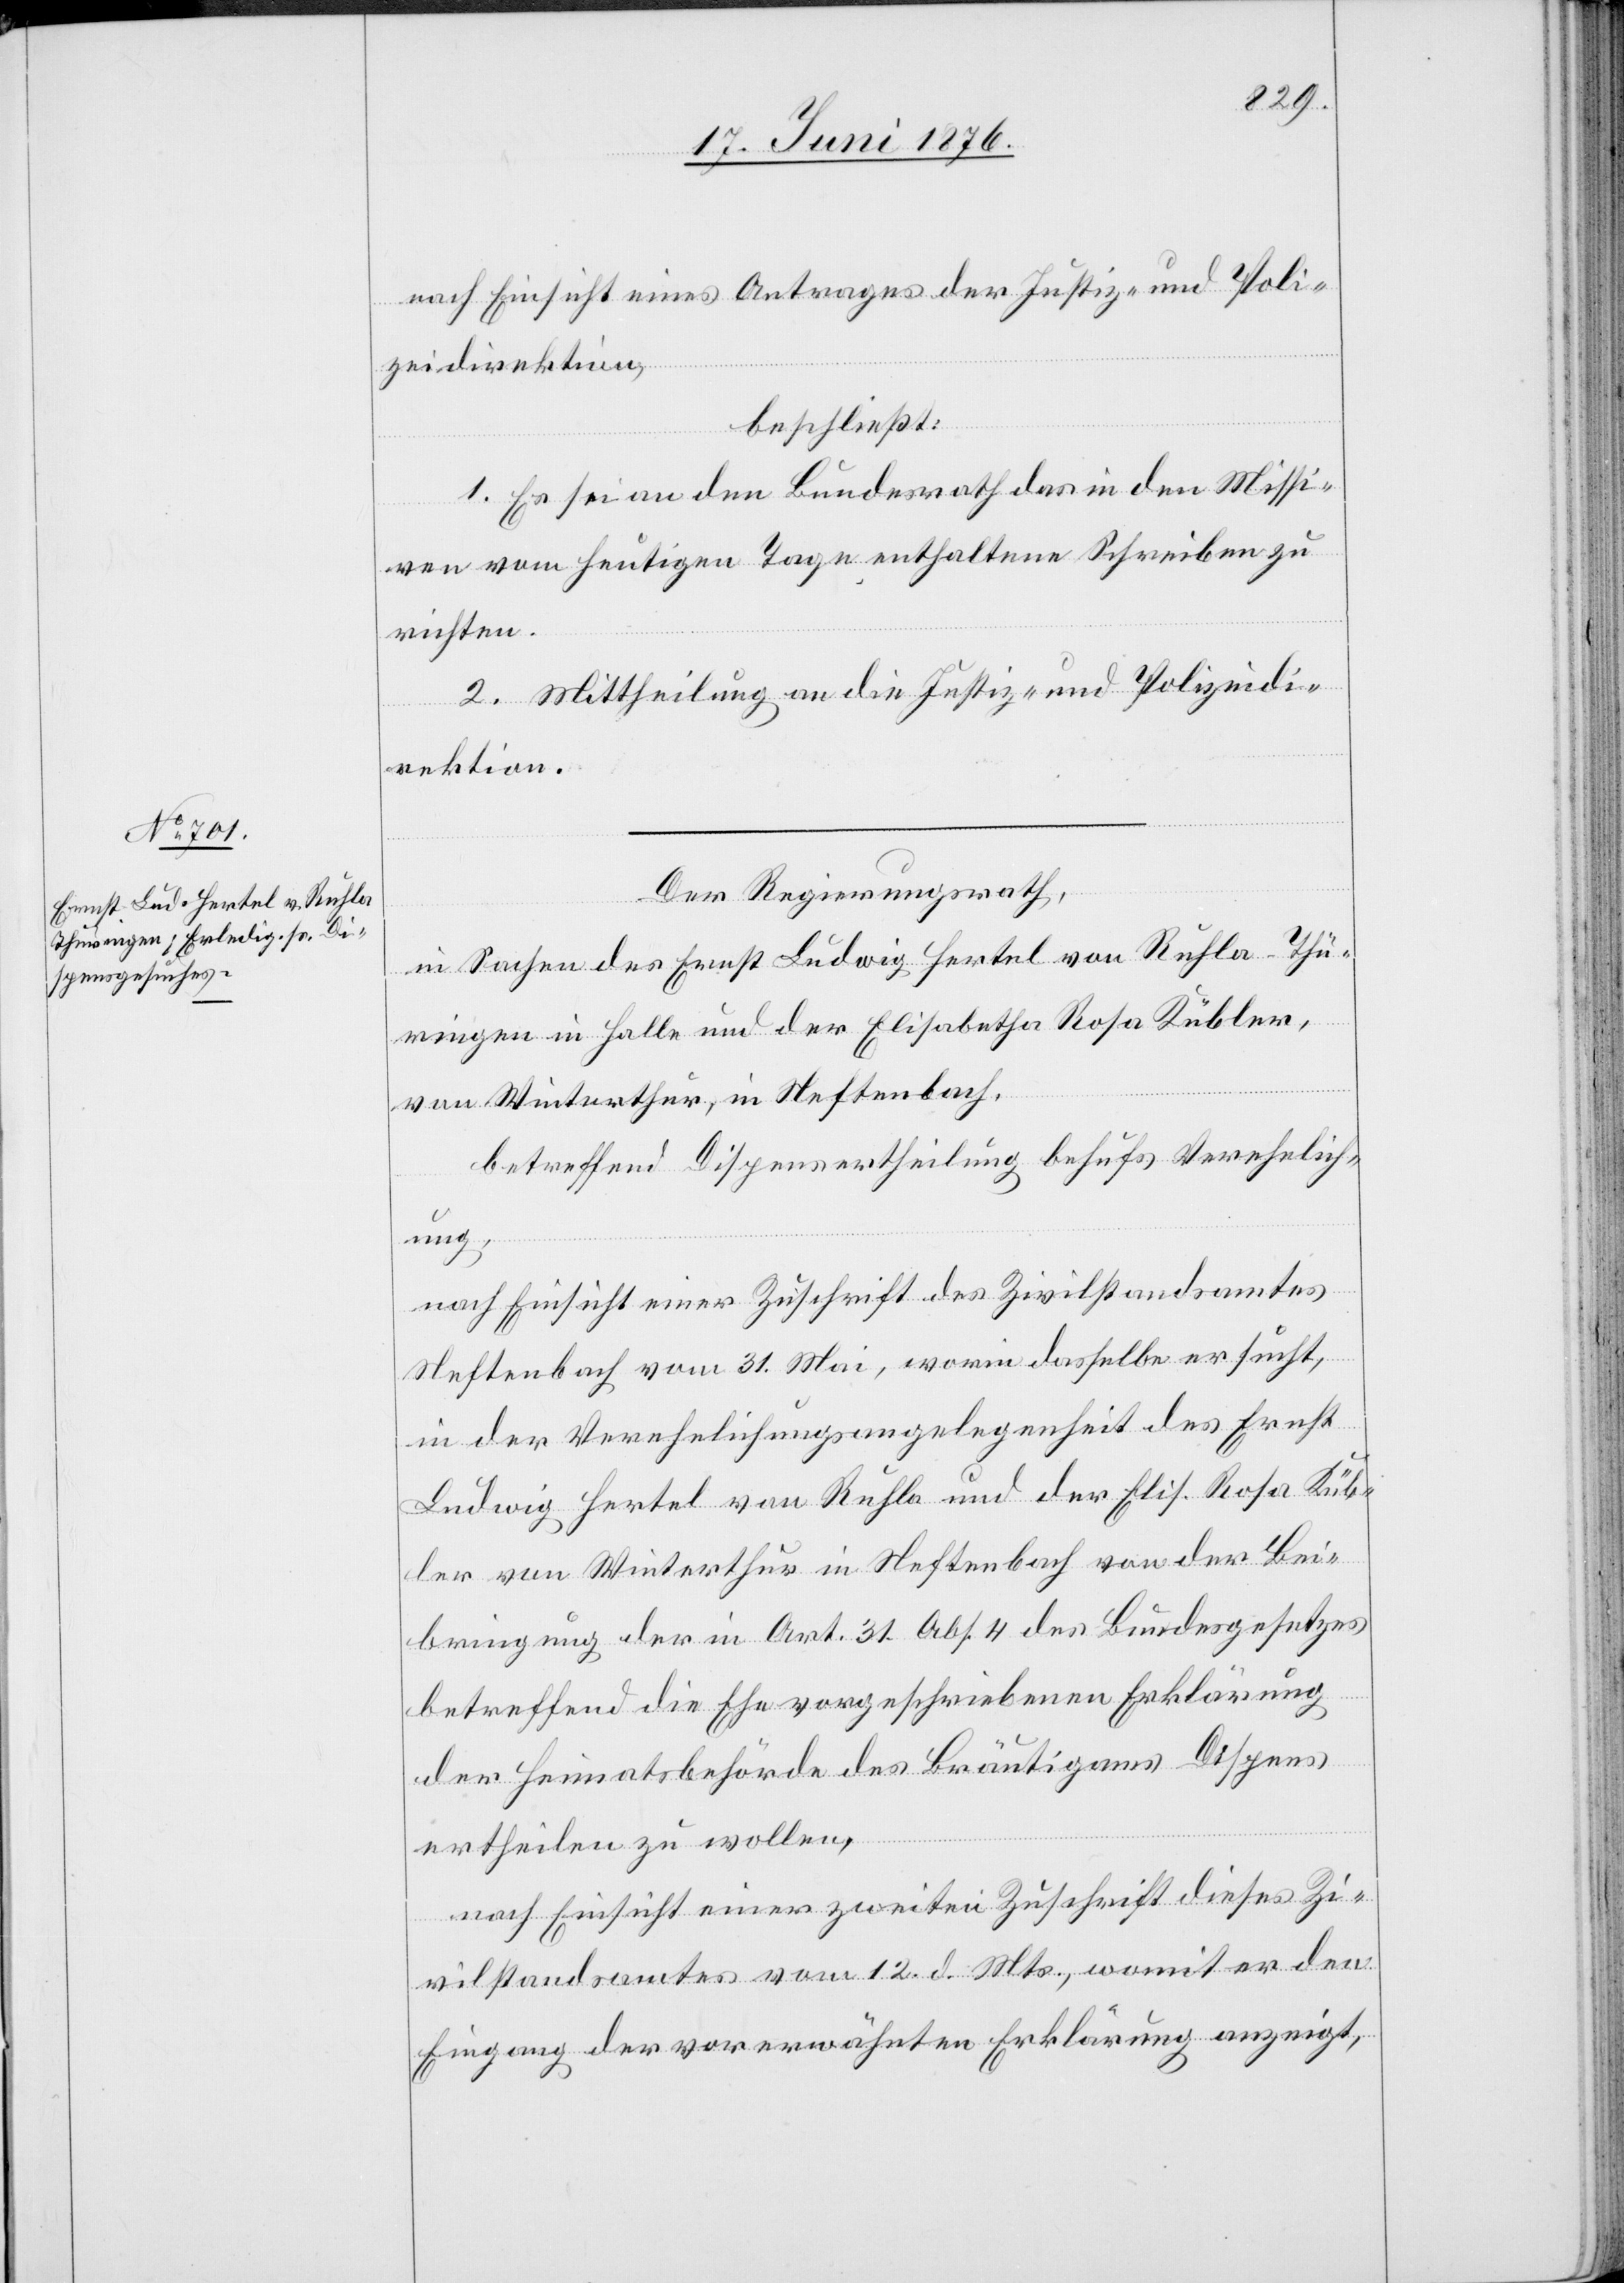
nach Einsicht eines Antrages der Justiz- und Poli¬
zeidirektion,
beschließt:
1. Es sei an den Bundesrath das in den Missi¬
ven vom heutigen Tage enthaltene Schreiben zu
richten.
2. Mittheilung an die Justiz- und Polizeidi¬
rektion.
Der Regierungsrath
in Sachen des Ernst Ludwig Hertel von Ruhla - Thü¬
ringen in Halle und der Elisabetha Rosa Kübler,
von Winterthur, in Neftenbach,
betreffend Dispensertheilung behufs Verehelich¬
ung,
nach Einsicht einer Zuschrift des Zivilstandsamtes
Neftenbach vom 31. Mai, worin dasselbe ersucht,
in der Verehelichungsangelegenheit des Ernst
Ludwig Hertel von Ruhla und der Elis. Rosa Küb¬
ler von Winterthur in Neftenbach von der Bei¬
bringung der in Art. 31 Abs. 4 des Bundesgesetzes
betreffend die Ehe vorgeschriebenen Erklärung
der Heimatsbehörde des Bräutigams Dispens
ertheilen zu wollen,
nach Einsicht einer zweiten Zuschrift dieses Zi¬
vilstandsamtes vom 12. d. Mts., womit er den
Eingang der vorerwähnten Erklärung anzeigt,